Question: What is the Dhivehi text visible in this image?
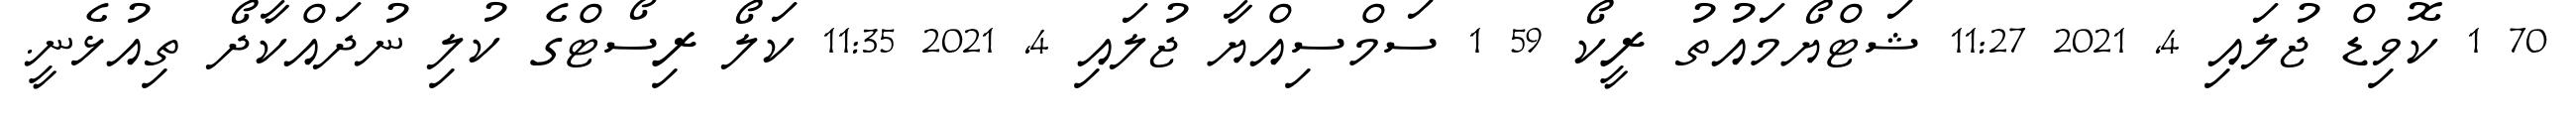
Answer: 70 1 ކޮވިޑް ޖުލައި 4, 2021 11:27 ޝަޓްޔޯމައުތު ރީކޯ 59 1 ސަމްސިއްޔާ ޖުލައި 4, 2021 11:35 ކަލޯ ރިސޯޓްގެ ކުލި ނުދައްކާދޯ ތިއުޅެނީ.